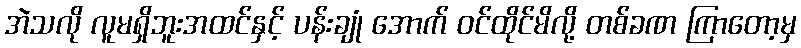
အဲသလို လူမရှိဘူးအထင်နှင့် ပန်းချုံ အောက် ဝင်ထိုင်မိလို့ တစ်ခဏ ကြာတော့မှ